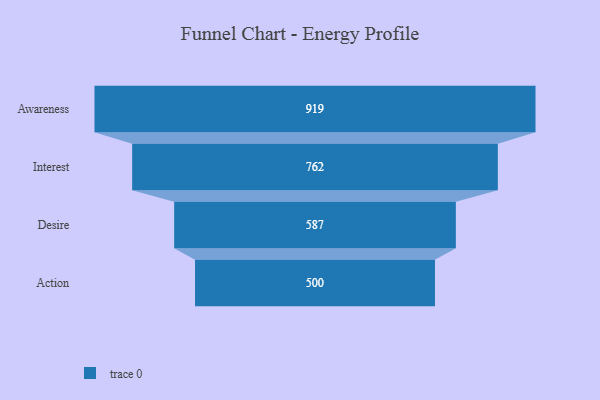
{"axis": {"x": "Stage", "y": "Value"}, "legend": [""], "data": [{"x": "Awareness", "y": 919.0, "type": ""}, {"x": "Interest", "y": 762.0, "type": ""}, {"x": "Desire", "y": 587.0, "type": ""}, {"x": "Action", "y": 500, "type": ""}]}